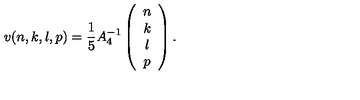
v ( n , k , l , p ) = \frac { 1 } { 5 } A _ { 4 } ^ { - 1 } \left( \begin{array} { c } { n } \\ { k } \\ { l } \\ { p } \\ \end{array} \right) .